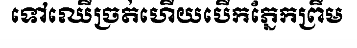
ទៅឈើច្រត់ហើយបើកភ្នែកព្រឹម